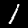
Label: 1